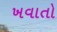
ખવાતો